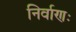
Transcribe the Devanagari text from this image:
निर्वाणः